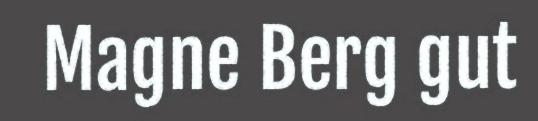
Magne Berg gut